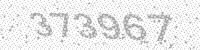
Solution: 373967